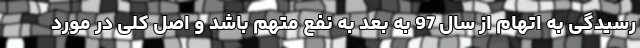
رسیدگی به اتهام از سال 97 به بعد به نفع متهم باشد و اصل کلی در مورد